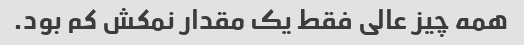
همه چیز عالی فقط یک مقدار نمکش کم بود.